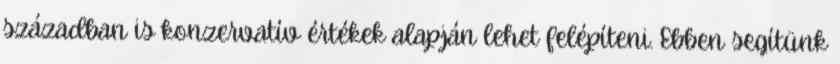
században is konzervatív értékek alapján lehet felépíteni. Ebben segítünk